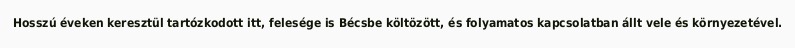
Hosszú éveken keresztül tartózkodott itt, felesége is Bécsbe költözött, és folyamatos kapcsolatban állt vele és környezetével.